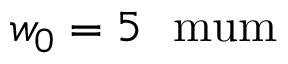
w _ { 0 } = 5 \mathrm { \ \ m u m }